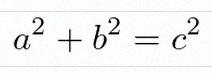
a^2+b^2=c^2